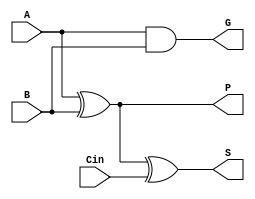
module one_bit_cla (A, B, Cin, S, P, G);

input A, B, Cin;

output S, P, G;

assign P = A ^ B;
assign G = A & B;

assign S = P ^ Cin;

endmodule